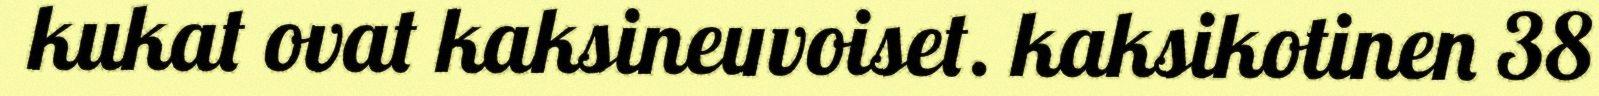
kukat ovat kaksineuvoiset. kaksikotinen 38